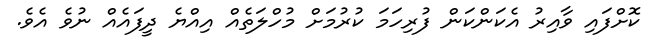
ކޮށްފައި ވާއިރު އެކަންކަން ފުރިހަމަ ކުރުމަށް މުހްލަތެއް އިއްޔެ ދީފައެއް ނުވެ އެވެ.